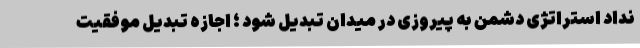
نداد استراتژی دشمن به پیروزی در میدان تبدیل شود ؛ اجازه تبدیل موفقیت